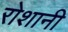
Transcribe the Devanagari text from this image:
रोशानी